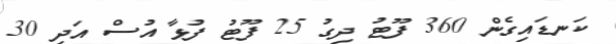
ކަނޑައިގެން 360 ފޫޓު ދިގު 25 ފޫޓު ފުޅާ އުސް އަދި 30